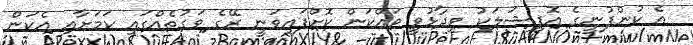
އެ ކުންފުނީގެ އޮފިޝަލަކު ވިދާޅުވީ ވައްކަން ކޮށްފައިވަނީ ރޭގެ ވަގުތެއްގައި ކަމަށާއި އެކަން